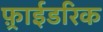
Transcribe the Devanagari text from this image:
फ़्राईडरिक